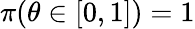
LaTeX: \textstyle\pi(\theta\in[0,1])=1